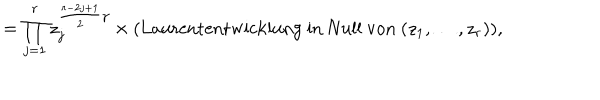
LaTeX: = \prod _ { j = 1 } ^ { r } z _ { j } ^ { \frac { r - 2 j + 1 } { 2 } \gamma } \times \mathrm { ( L a u r e n t e n t w i c k l u n g ~ i n ~ N u l l ~ v o n ~ } ( z _ { 1 } , \ldots , z _ { r } ) ) ,